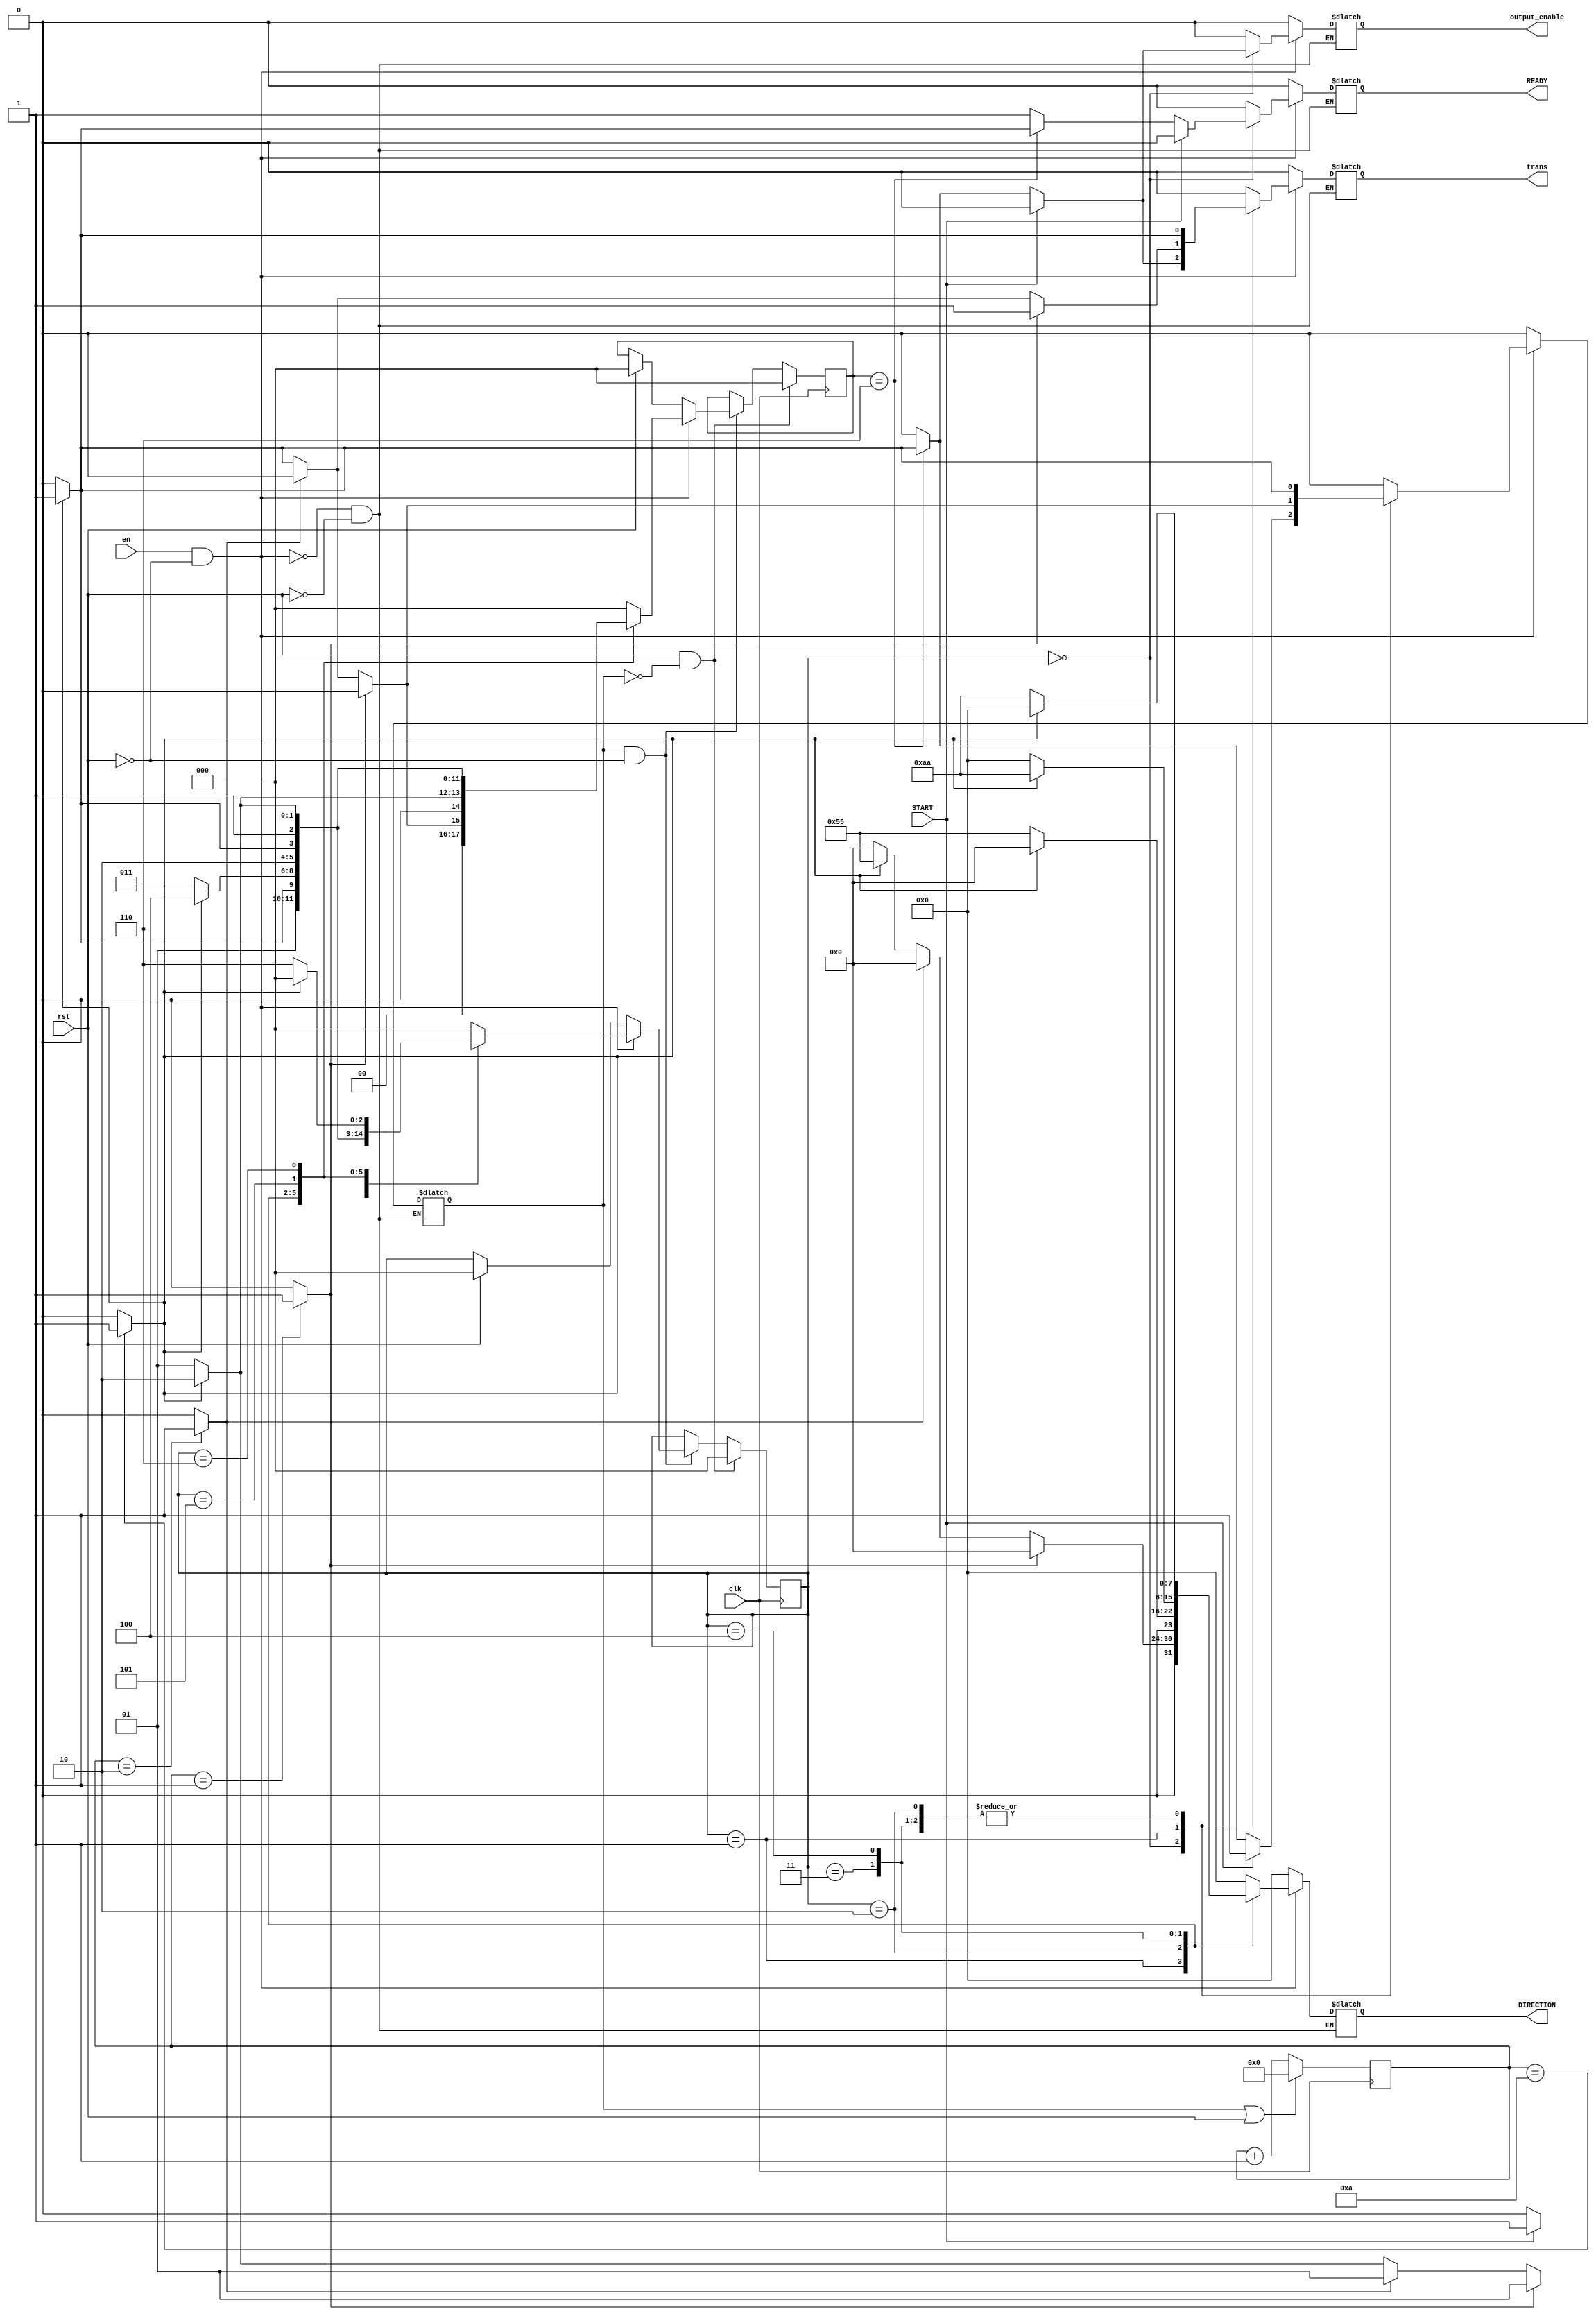
/*
MIT License Copyright (c) 2023 Samahith S A and Sai Govardhan

Permission is hereby granted, free of charge, to any person obtaining a
copy of this software and associated documentation files (the
``Software''), to deal in the Software without restriction, including
without limitation the rights to use, copy, modify, merge, publish,
distribute, sublicense, and/or sell copies of the Software, and to
permit persons to whom the Software is furnished to do so, subject to
the following conditions:

The above copyright notice and this permission notice shall be included
in all copies or substantial portions of the Software.

THE SOFTWARE IS PROVIDED ``AS IS'', WITHOUT WARRANTY OF ANY KIND,
EXPRESS OR IMPLIED, INCLUDING BUT NOT LIMITED TO THE WARRANTIES OF
MERCHANTABILITY, FITNESS FOR A PARTICULAR PURPOSE AND NONINFRINGEMENT.
IN NO EVENT SHALL THE AUTHORS OR COPYRIGHT HOLDERS BE LIABLE FOR ANY
CLAIM, DAMAGES OR OTHER LIABILITY, WHETHER IN AN ACTION OF CONTRACT,
TORT OR OTHERWISE, ARISING FROM, OUT OF OR IN CONNECTION WITH THE
SOFTWARE OR THE USE OR OTHER DEALINGS IN THE SOFTWARE. 
*/
`timescale 10ns / 1ps

module MDSA_FSM(
    input wire START,
    input wire clk,
    input wire rst,
    input wire en,
    output wire [7:0]DIRECTION,
    output wire READY,
    output wire trans,
    output wire output_enable
    );
    
        localparam[3:0] WAIT=4'b0000,PHASE1=4'b0001,PHASE2=4'b0010,
                    PHASE3=4'b0011,PHASE4=4'b0100,PHASE5=4'b0101,
                    PHASE6=4'b0110,
                    DELAY=4'b1010; 
                    reg[2:0] state=WAIT;
		    reg[2:0] prev_state=WAIT;
                    reg [7:0]dir=8'b00000000;
                    reg rdy=1'b1;
                    reg start;
                    
					reg [3:0]count_reg=4'b0000;
                    reg output_enable_reg=1'b0;
                    reg tr=1'b0;
					
					reg[2:0] state_reg=WAIT;
                    reg[2:0] prev_state_reg=WAIT;
					reg flag=1'b0;
					
					wire [3:0]count;
					wire count_delay_tick,count_1_tick,count_2_tick;
					wire FLAG;
					
					//Counter 
                    always@(posedge clk) begin 
                        if(flag | rst) begin 
                            count_reg<=4'b0000;
                        end
                        else begin 
                            count_reg<=count;
                        end
                    end
                    
                    assign count = count_reg + 1;
                    
                    //count ticks
                    assign count_delay_tick=(count_reg==DELAY) ? 1'b1:1'b0;
                    assign count_1_tick=(count_reg==4'b0001) ? 1'b1:1'b0;
                    assign count_2_tick=(count_reg==4'b0010) ? 1'b1:1'b0;
                    
                    //state update
                    always@(posedge clk) begin 
                        if(rst & !flag) begin 
                            prev_state_reg<=WAIT;
                            state_reg<=WAIT;
                        end
                        else if(flag & !rst) begin 
                            prev_state_reg<=prev_state;
                            state_reg<=state;
                        end
                        //else begin 
                            //state_reg<=state;
                        //end
                    end
                    
					//FSM state transition, trans, direction and output_enable generation
                    always @* begin 
                        if((en)&(!rst)) begin
                            case(state_reg)
                                WAIT: begin
                                    if(START) begin 
                                        output_enable_reg<=1'b0;
                                        rdy<=1'b0;
					prev_state<=WAIT;
                                        state<=PHASE1;
                                        dir<=8'b00000000;
                                        tr<=1'b0; flag<=1'b1;
                                    end
                                    else begin 
                                        if(prev_state_reg==PHASE6) begin
                                            if(count_delay_tick) begin 
						prev_state<=WAIT;
                                                state<=WAIT;
                                                output_enable_reg<=1'b1;
                                                rdy<=1'b1;
                                                dir<=8'b00000000;
                                                tr<=1'b1;flag<=1'b1;
                                            end
                                            else begin 
						prev_state<=WAIT;
                                                state<=WAIT;
                                                output_enable_reg<=1'b0;
                                                rdy<=1'b0;
                                                dir<=8'b00000000;
                                                tr<=1'b0;flag<=1'b0;
                                            end
                                        end
                                        else begin 
                                            tr<=1'b0;flag<=1'b0;
					    prev_state<=WAIT;
                                            state<=WAIT;
                                            dir<=8'b00000000;
                                            rdy<=1'b1;
                                            output_enable_reg<=1'b0;                                              
                                        end
                                    end
                                end
                                
                                PHASE1: begin 
                                    if(count_1_tick) begin 
					prev_state<=WAIT;
                                        state<=PHASE1;
                                        tr<=1'b1;flag<=1'b0;
                                        dir<=8'b00000000;
                                        rdy<=1'b0;
                                        output_enable_reg<=1'b0;								
                                    end
                                    else if(count_2_tick) begin 
					prev_state<=WAIT;
                                        state<=PHASE1;
                                        tr<=1'b0;flag<=1'b0;
                                        dir<=8'b00000000;
                                        rdy<=1'b0;
                                        output_enable_reg<=1'b0;	
                                    end
                                    else if(count_delay_tick) begin 
					prev_state<=PHASE1;
                                        state<=PHASE2;
                                        tr<=1'b1;flag<=1'b1;
                                        dir<=8'b01010101;
                                        rdy<=1'b0;
                                        output_enable_reg<=1'b0;
                                    end
                                    else begin 
					prev_state<=WAIT;
                                        state<=PHASE1;
                                        tr<=1'b0;flag<=1'b0;
                                        dir<=8'b00000000;
                                        rdy<=1'b0;
                                        output_enable_reg<=1'b0;								    
                                    end                                    
                                end 
                                
                                PHASE2: begin 
                                   if(count_delay_tick) begin 
				       prev_state<=PHASE2;
                                       state<=PHASE3;
                                       tr<=1'b1;flag<=1'b1;
                                       dir<=8'b00000000; 
                                       rdy<=1'b0;
                                       output_enable_reg<=1'b0;                                   
                                   end 
                                   else begin 
					prev_state<=PHASE1;
                                        state<=PHASE2;
                                        tr<=1'b0;flag<=1'b0;
                                        dir<=8'b01010101;
                                        rdy<=1'b0;
                                        output_enable_reg<=1'b0;
                                   end                                
                                end     
                                            
                                PHASE3: begin 
                                  if(count_delay_tick) begin 
				      prev_state<=PHASE3;
                                      state<=PHASE4;
                                      tr<=1'b1;flag<=1'b1;
                                      dir<=8'b10101010;  
                                      rdy<=1'b0;
                                      output_enable_reg<=1'b0;                                   
                                  end
                                  else begin 
					prev_state<=PHASE2;
                                        state<=PHASE3;
                                        tr<=1'b0;flag<=1'b0;
                                        dir<=8'b00000000;
                                        rdy<=1'b0;
                                        output_enable_reg<=1'b0;
                                   end                                   
                                end     
                                    
                                PHASE4: begin 
                                 if(count_delay_tick) begin 
				     prev_state<=PHASE4;
                                     state<=PHASE5;
                                     tr<=1'b1;flag<=1'b1;
                                     dir<=8'b00000000;
                                     rdy<=1'b0;
                                     output_enable_reg<=1'b0;                                   
                                 end
                                 else begin 
					prev_state<=PHASE3;
                                        state<=PHASE4;
                                        tr<=1'b0;flag<=1'b0;
                                        dir<=8'b10101010;
                                        rdy<=1'b0;
                                        output_enable_reg<=1'b0;
                                  end                                                                
                                end
                                
                                PHASE5: begin 
                                if(count_delay_tick) begin 
				    prev_state<=PHASE5;
                                    state<=PHASE6;
                                    tr<=1'b1;flag<=1'b1;
                                    dir<=8'b00000000;
                                    rdy<=1'b0;
                                    output_enable_reg<=1'b0;                                    
                                end
                                else begin 
					prev_state<=PHASE4;
                                        state<=PHASE5;
                                        tr<=1'b0;flag<=1'b0;
                                        dir<=8'b00000000;
                                        rdy<=1'b0;
                                        output_enable_reg<=1'b0;
                                end                                                               
                                end  
                                
                                PHASE6: begin 
                                   if(count_delay_tick) begin
				       prev_state<=PHASE6;
                                       state<=WAIT;
                                       tr<=1'b1;flag<=1'b1;
                                       dir<=8'b00000000;
                                       rdy<=1'b0;
                                       output_enable_reg<=1'b0;                                   
                                   end
                                   else begin 
					    prev_state<=PHASE5;
                                            state<=PHASE6;
                                            tr<=1'b0;flag<=1'b0;
                                            dir<=8'b00000000;
                                            rdy<=1'b0;
                                            output_enable_reg<=1'b0;
                                   end                                                             
                               end
                               
                                default: begin 
                                    tr<=1'b0;flag<=1'b0;
				    prev_state<=WAIT;
                                    state<=WAIT;
                                    dir<=8'b00000000;
                                    rdy<=1'b0;
                                    output_enable_reg<=1'b0;   
                                    end
                            endcase    
                    end
                    
                        else if(rst) begin 
                            tr<=1'b0;flag<=1'b0;
			    prev_state<=WAIT;
                            state<=WAIT;
                            dir<=8'b00000000;
                            rdy<=1'b0;
                            output_enable_reg<=1'b0;
                        end
                        
                        else begin 
                            tr<=trans;
                            flag<=FLAG;
			    prev_state<=prev_state_reg;
                            state<=state_reg;
                            dir<=DIRECTION;
                            rdy<=READY;
                            output_enable_reg<=output_enable;
                        end
                    end
                    
                    assign DIRECTION=dir;
                    assign READY=rdy;
                    assign output_enable=output_enable_reg;
                    assign trans=tr;
                    assign FLAG=flag;
endmodule